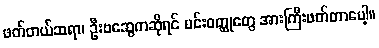
ဖတ်တယ်ဆရာ၊ ဦးဗဆွေကဆိုရင် မင်းဝတ္ထုတွေ အားကြီးဖတ်တာပေါ့။